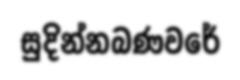
සුදින්නබණවරේ